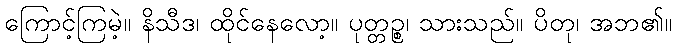
ကြောင့်ကြမဲ့။ နိသီဒ၊ ထိုင်နေလော့။ ပုတ္တဉ္စ၊ သားသည်။ ပိတု၊ အဘ၏။